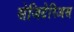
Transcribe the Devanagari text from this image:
सेजिटेरिअस